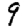
Digit: 9